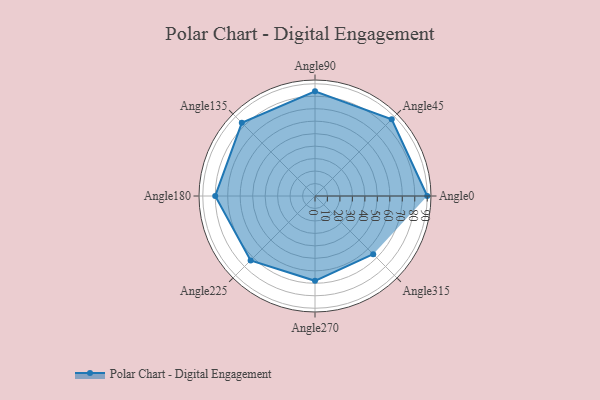
{"axis": {"x": "Angle", "y": "Radius"}, "legend": [""], "data": [{"x": "Angle0", "y": 90.0, "type": ""}, {"x": "Angle45", "y": 87.0, "type": ""}, {"x": "Angle90", "y": 84.0, "type": ""}, {"x": "Angle135", "y": 83.0, "type": ""}, {"x": "Angle180", "y": 80.0, "type": ""}, {"x": "Angle225", "y": 73.0, "type": ""}, {"x": "Angle270", "y": 68.0, "type": ""}, {"x": "Angle315", "y": 66.0, "type": ""}]}